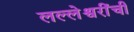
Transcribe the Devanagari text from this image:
लल्लेश्वरींची